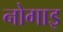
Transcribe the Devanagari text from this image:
नोगाइ